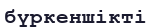
бүркеншікті